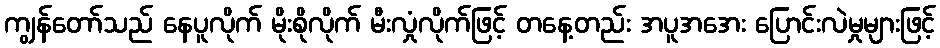
ကျွန်တော်သည် နေပူလိုက် မိုးစိုလိုက် မီးလှုံလိုက်ဖြင့် တနေ့တည်း အပူအအေး ပြောင်းလဲမှုများဖြင့်